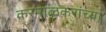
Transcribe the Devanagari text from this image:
करमाळकरांच्या